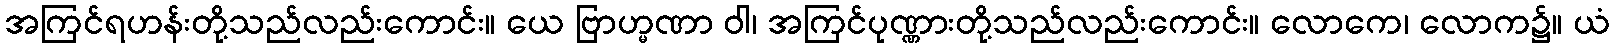
အကြင်ရဟန်းတို့သည်လည်းကောင်း။ ယေ ဗြာဟ္မဏာ ဝါ၊ အကြင်ပုဏ္ဏားတို့သည်လည်းကောင်း။ လောကေ၊ လောက၌။ ယံ